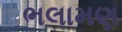
ભલામણ